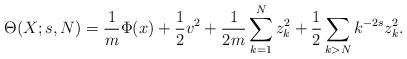
LaTeX: \begin{align*} \Theta(X ; s, N)=\frac{1}{m}\Phi(x)+\frac{1}{2} v^2+\frac{1}{2m}\sum_{k=1}^N z_k^2+\frac{1}{2}\sum_{k > N}k^{-2s}z_k^2.\end{align*}